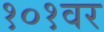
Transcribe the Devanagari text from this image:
१०१वर